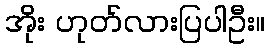
အိုး ဟုတ်လားပြပါဦး။